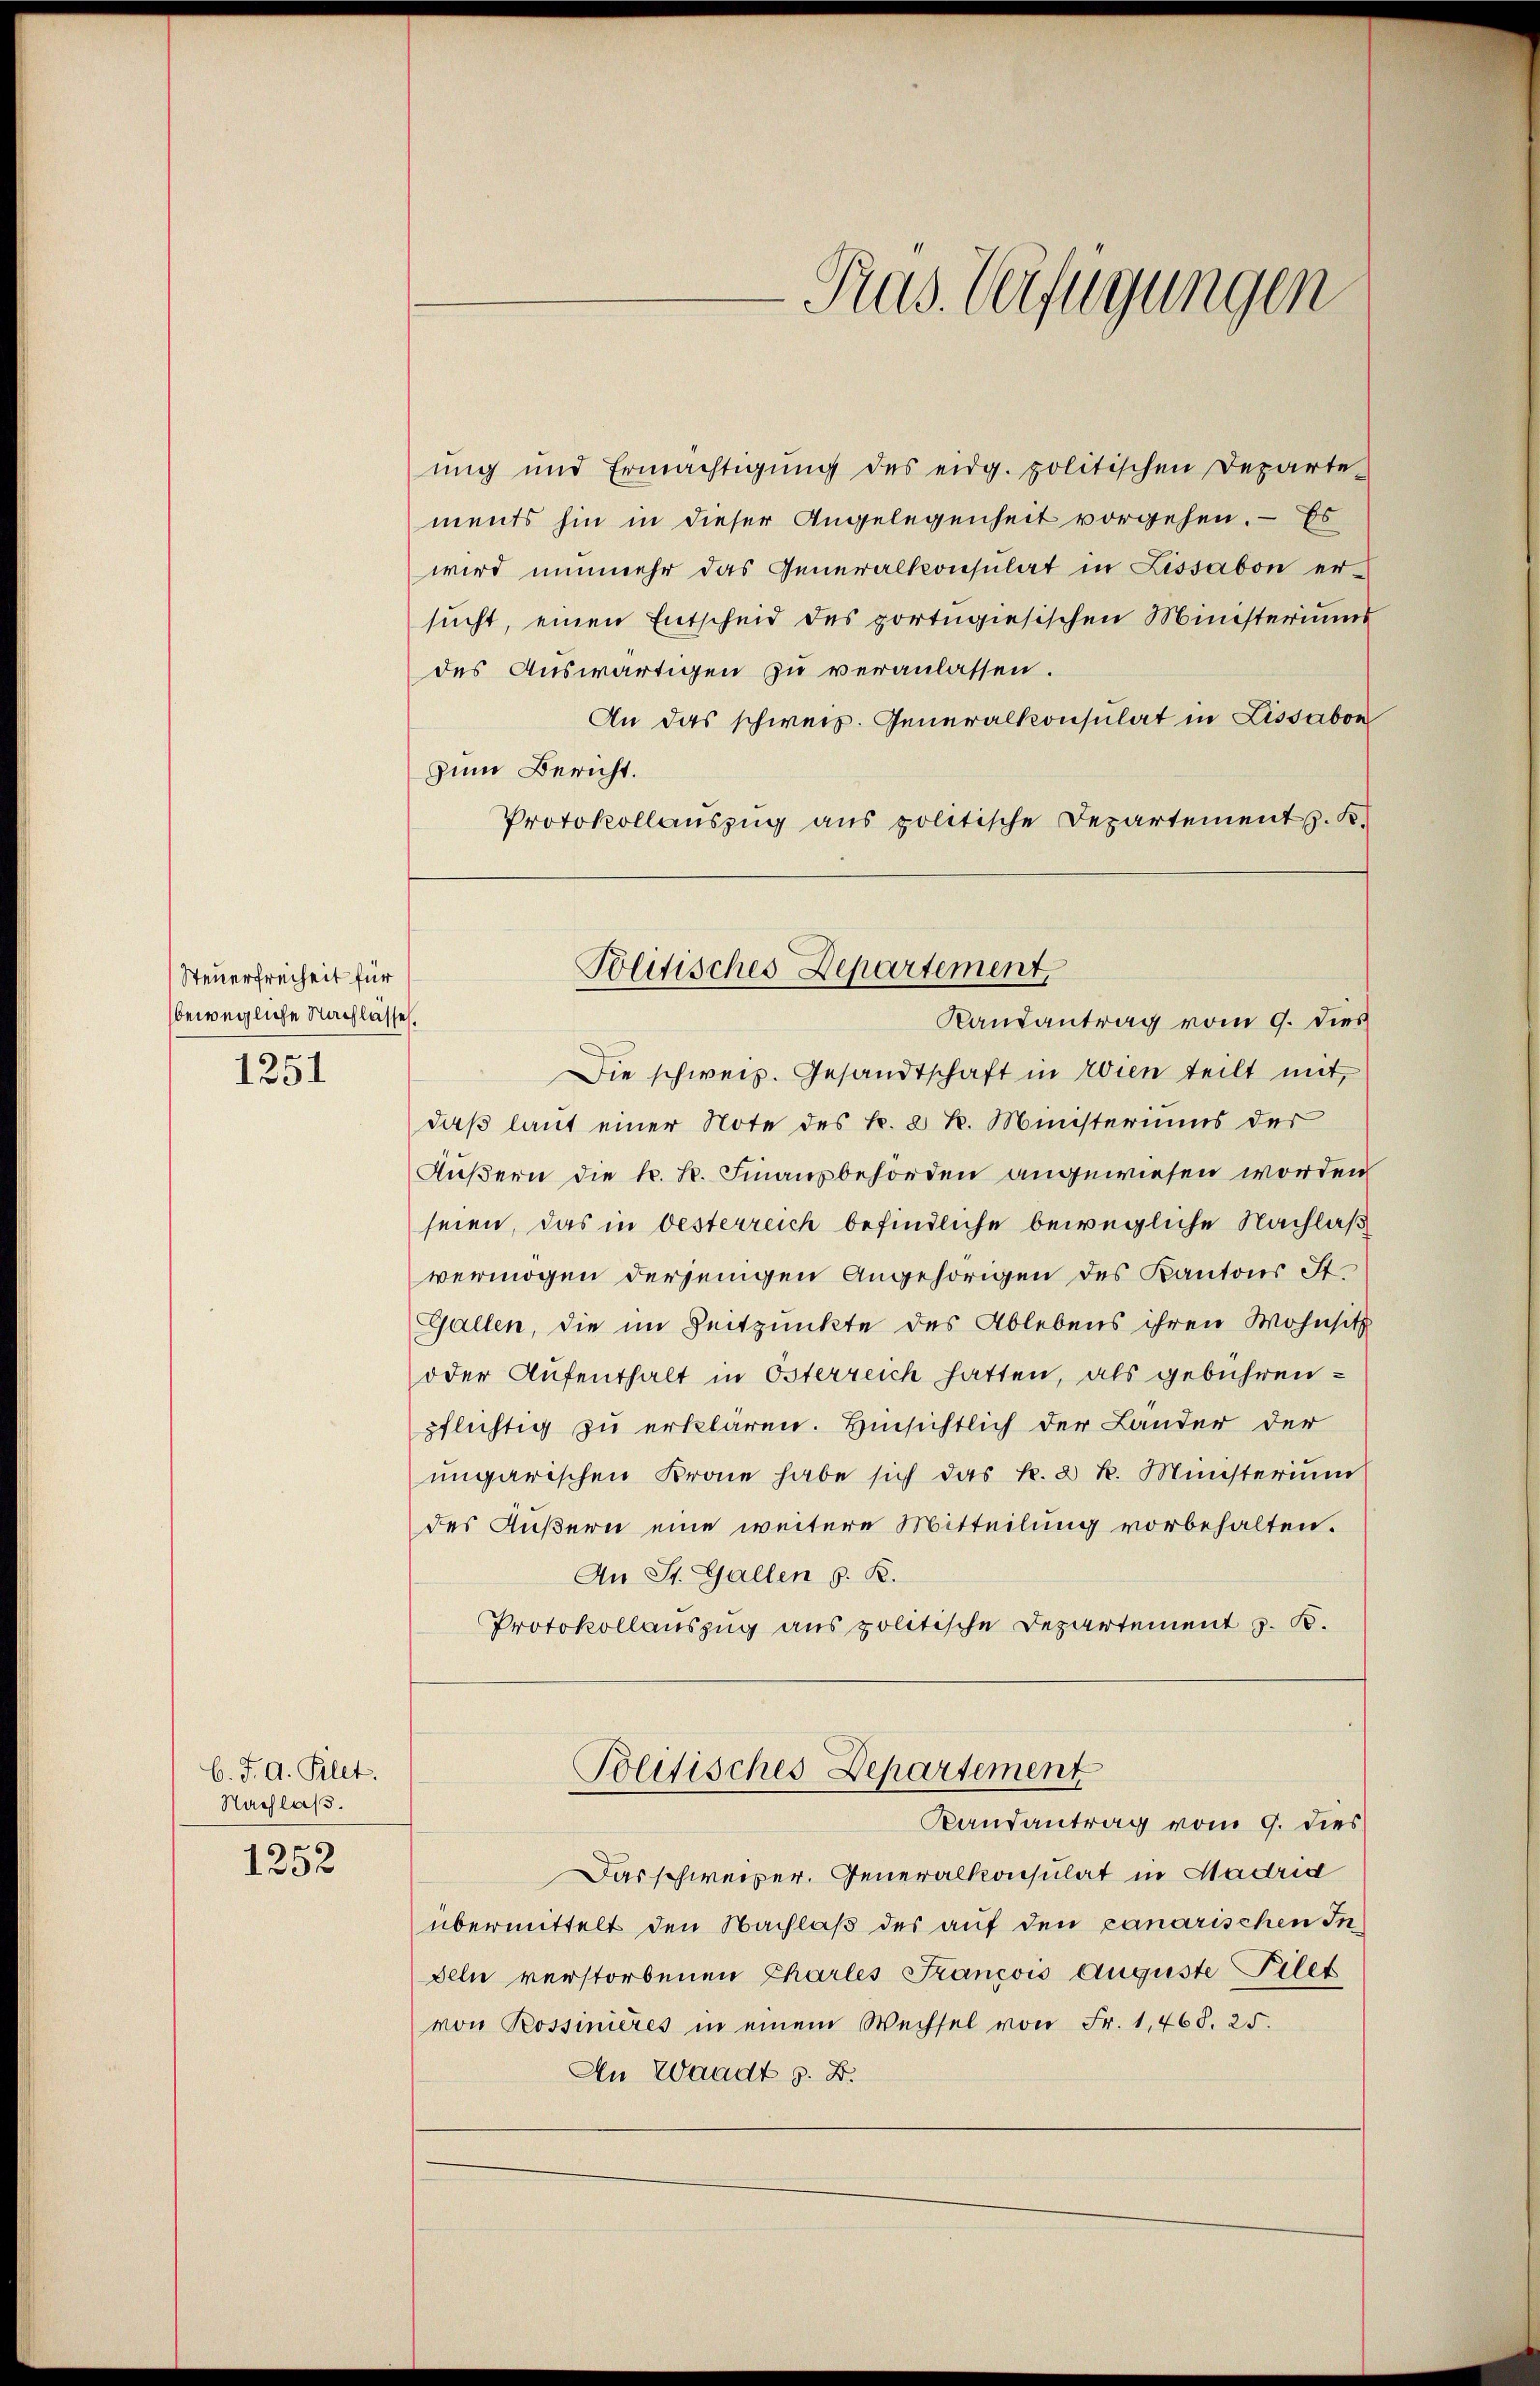
Steuerfreiheit für
bewegliche Nachlasse.
1251

C. J. G. Blet.
Nachlaß.

1252

ung und Ermächtigŭng des eidg. politischen Departe-
ments hin in dieser Angelegenheit vorgehen. – Es
wird nunmehr das Generalkonsulat in Lissabon er-
sucht, einen Entscheid des portugiesischen Ministeriums
des Auswärtigen zu veranlassen.
An das schweiz. Generalkonsulat in Lissabon
zum Bericht.
Protokollauszug aus politische Departement z. K.
Die schweiz. Gesandtschaft in Wien teilt mit,
daß laut einer Note des k. 2 R. Ministeriums der
Äußern die k. k. Finanzbehörden angewiesen worden
seien, das in Oesterreich befindliche bewegliche Nachlaß
vermögen derjenigen Angehörigen des Kantons St.
Gallen, die im Zeitpunkte des Ablebens ihren Wohnsitz
oder Aufenthalt in Österreich hatten, als gebührenpflichtig zu erklären. Hinsichtlich der Lander der
ungarischen Krone habe sich das k. 2 k. Ministerium
des Äußern eine weitere Mitteilung vorbehalten.
An St. Gallen z. K.
Protokollauszug aus politische Departement z. B.
Politisches Departement
Randantrag vom 9. dies
Das schweizer. Generalkonsulat in Madrid
übermittelt den Nachlaß des auf den canarischen Indeln verstorbenen Charles Sancois Auguste Filet
von Rossinieres in einem Wechsel von Fr. 1,468. 25.
An Waadt z. B.

Ras. Verfügungen

Politisches Departement,
Randantrag vom 9. dies